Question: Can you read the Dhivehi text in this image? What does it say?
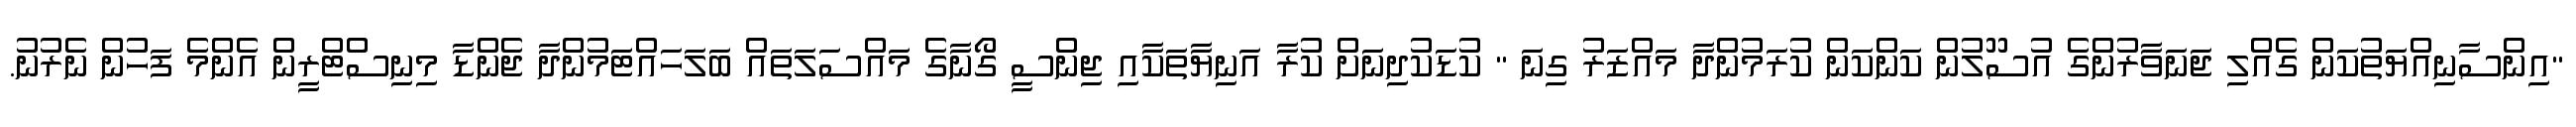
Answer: "އިންސާނިއްޔަތުކަން ގެއްލި ޖަނަވާރުންގެ އުސޫލުން ކަންކަން ކުރަމުންދާ މައްޒަރު ގިނަ " ކުޑަކުދިނަށް ކުރާ އަނިޔާތަކާއި ޖިންސީ ގޯނާގެ މައްސަލަތައް ބަލަހައްޓަމުންދާ ޖެންޑާ މިނިސްޓްރީން އެންމެ ފަހުން ނެރުނު.